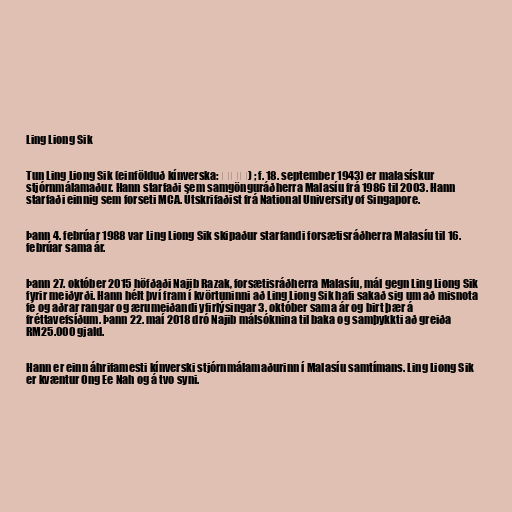
Ling Liong Sik

Tun Ling Liong Sik (einfölduð kínverska: 林良实) ; f. 18. september 1943) er malasískur
stjórnmálamaður. Hann starfaði sem samgönguráðherra Malasíu frá 1986 til 2003. Hann
starfaði einnig sem forseti MCA. Útskrifaðist frá National University of Singapore.

Þann 4. febrúar 1988 var Ling Liong Sik skipaður starfandi forsætisráðherra Malasíu til 16.
febrúar sama ár.

Þann 27. október 2015 höfðaði Najib Razak, forsætisráðherra Malasíu, mál gegn Ling Liong Sik
fyrir meiðyrði. Hann hélt því fram í kvörtuninni að Ling Liong Sik hafi sakað sig um að misnota
fé og aðrar rangar og ærumeiðandi yfirlýsingar 3. október sama ár og birt þær á
fréttavefsíðum. Þann 22. maí 2018 dró Najib málsóknina til baka og samþykkti að greiða
RM25.000 gjald.

Hann er einn áhrifamesti kínverski stjórnmálamaðurinn í Malasíu samtímans. Ling Liong Sik
er kvæntur Ong Ee Nah og á tvo syni.